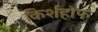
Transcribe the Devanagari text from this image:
किर्शहोफ